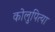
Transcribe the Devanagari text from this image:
कोलुपित्या